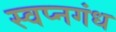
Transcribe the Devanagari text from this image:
स्वप्नगंध